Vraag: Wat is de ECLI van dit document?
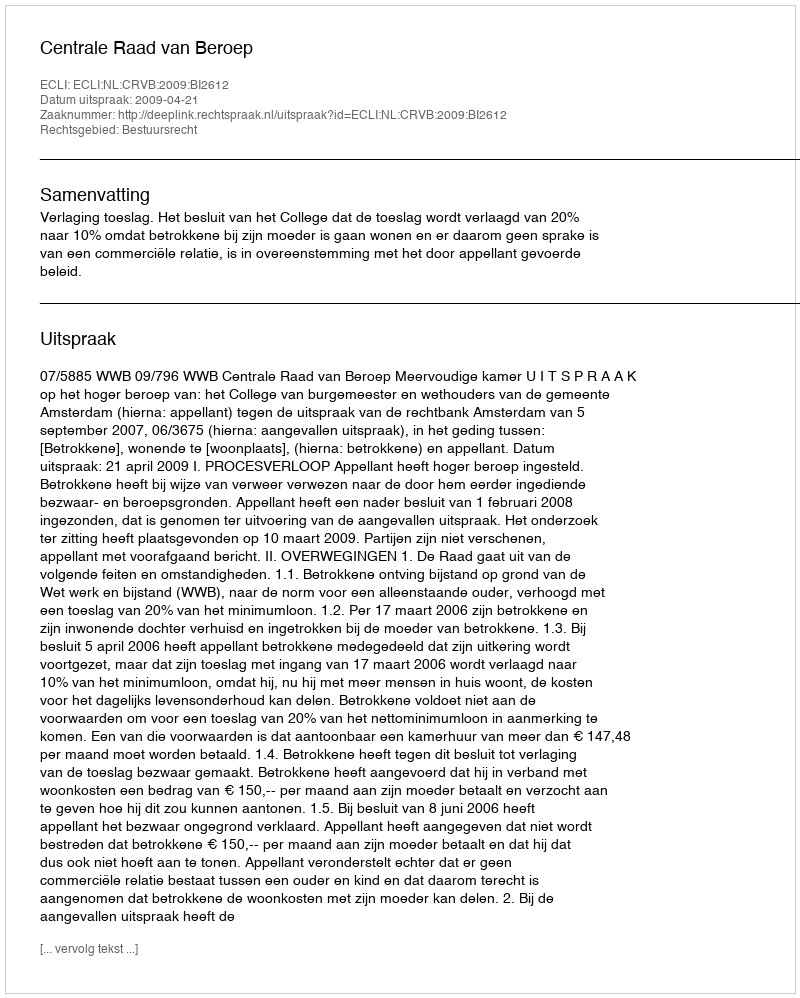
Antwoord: ECLI:NL:CRVB:2009:BI2612